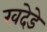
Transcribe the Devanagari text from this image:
खदेडे